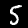
Digit: 5